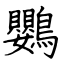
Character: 鸚